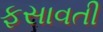
ફસાવતી